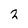
Character: 2